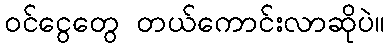
ဝင်ငွေတွေ တယ်ကောင်းလာဆိုပဲ။